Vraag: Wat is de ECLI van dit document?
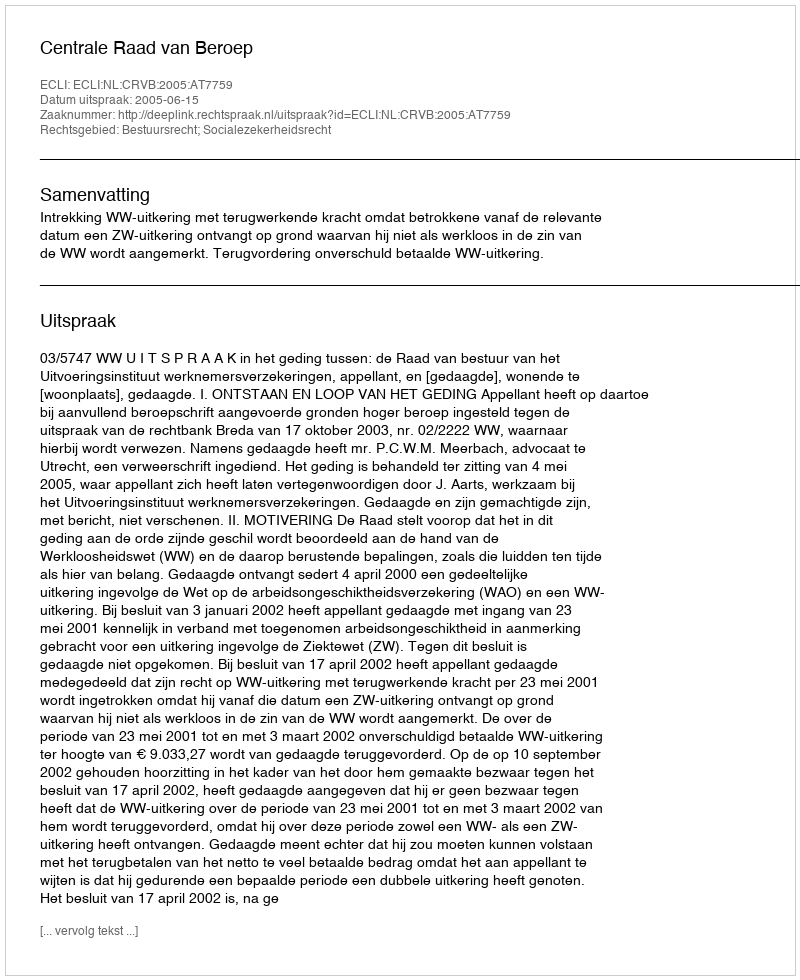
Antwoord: ECLI:NL:CRVB:2005:AT7759